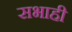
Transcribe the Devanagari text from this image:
सभाही